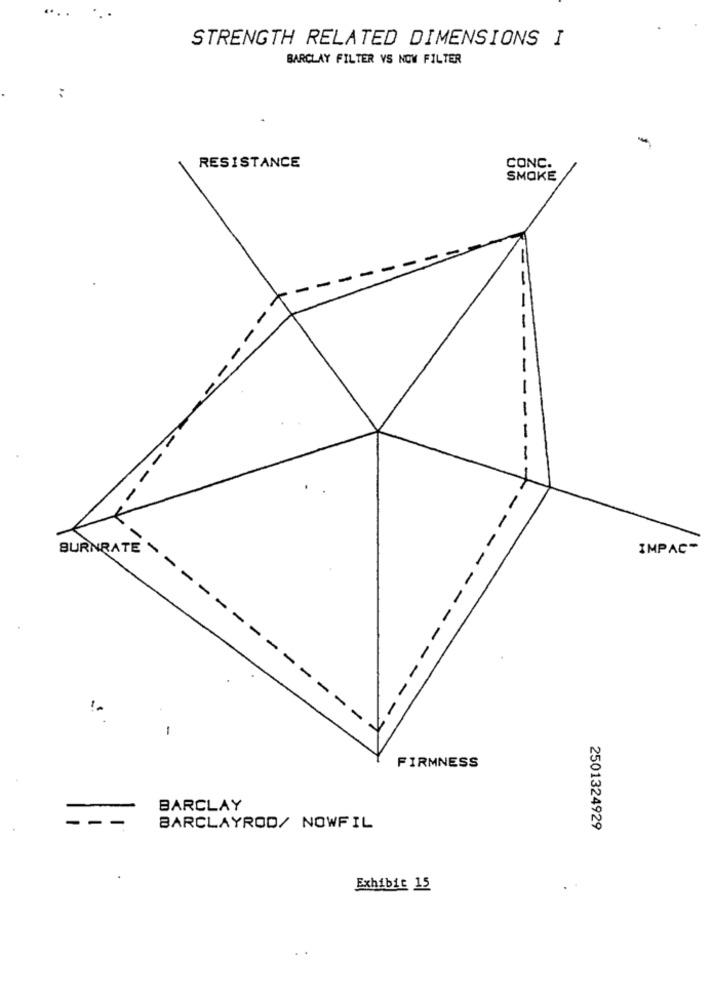
..
STRENGTH RELATED DIMENSIONS I
BARCLAY FILTER VS NOW FILTER
..
-
RESISTANCE
CONC.
SMOKE
-
-
BURNRATE \
IMPAC-
-
-
-
-
-
-
---
FIRMNESS
BARCLAY
BARCLAYROD/ NOWFIL
2501324929
Exhibit 15